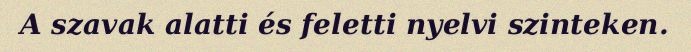
A szavak alatti és feletti nyelvi szinteken.